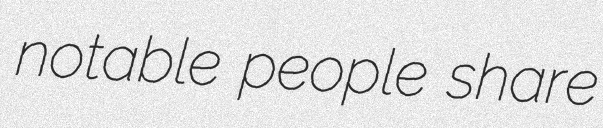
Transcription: notable people share